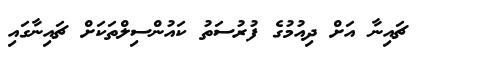
ޗައިނާ އަށް ދިއުމުގެ ފުރުސަތު ކައުންސިލްތަކަށް ޗައިނާގައި